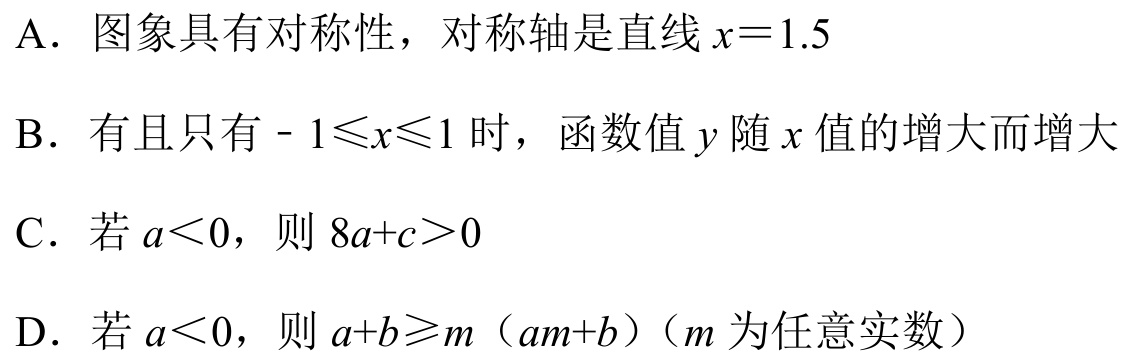
A. 图象具有对称性，对称轴是直线\(x = 1.5\)
B. 有且只有 - \(1\leqslant x\leqslant1\) 时，函数值 \(y\) 随 \(x\) 值的增大而增大
C. 若 \(a<0\)，则 \(8a + c>0\)
D. 若 \(a<0\)，则 \(a + b\geqslant m(am + b)\)（\(m\) 为任意实数）